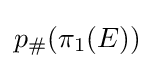
p_{\#}(\pi _{1}(E))